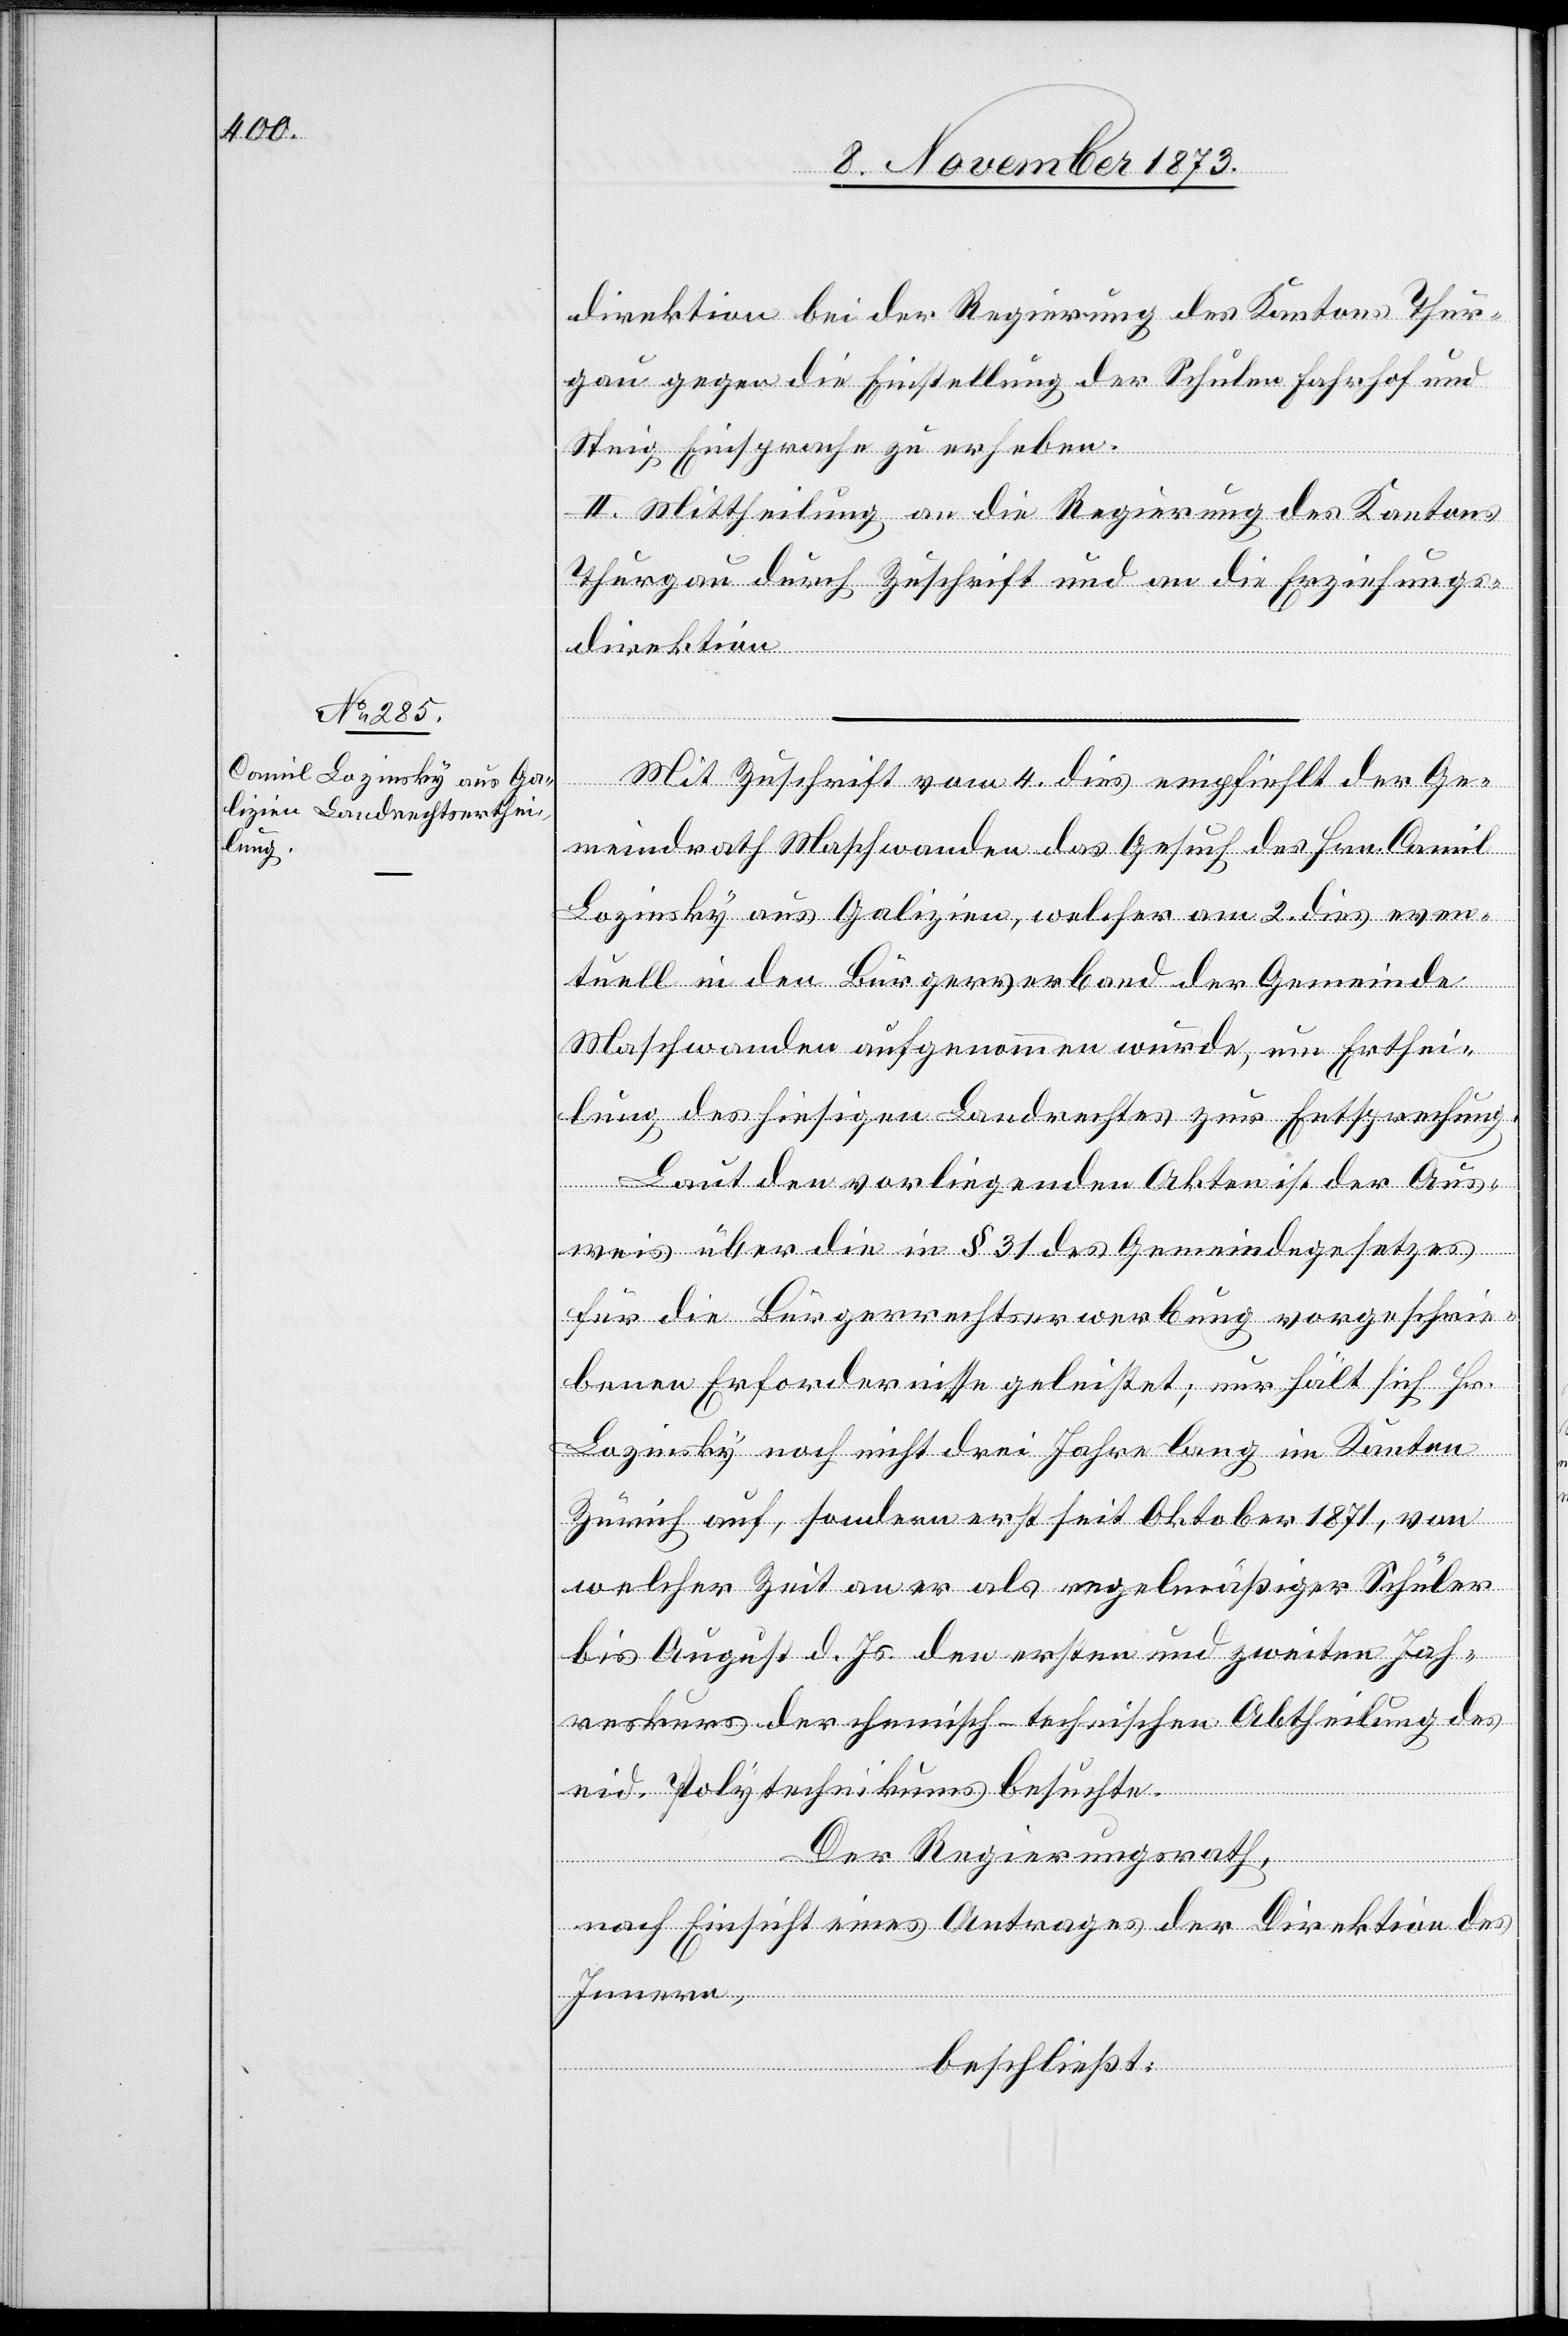
Mit Zuschrift vom 4. dies empfiehlt der Ge¬
meindrath Maschwanden das Gesuch des Hrn. Camil
Lozinsky aus Galizien, welcher am 2. dies even¬
tuell in den Bürgerverband der Gemeinde
Maschwanden aufgenommen wurde, um Erthei¬
lung des hiesigen Landrechtes zur Entsprechung.
Laut den vorliegenden Akten ist der Aus¬
weis über die in § 31 des Gemeindegesetzes
für die Bürgerrechtserwerbung vorgeschrie¬
benen Erfordernisse geleistet; nur hält sich Hr.
Lozinsky noch nicht drei Jahre lang im Kanton
Zürich auf, sondern erst seit Oktober 1871, von
welcher Zeit an er als regelmäßiger Schüler
bis August d. Js. den ersten und zweiten Jah¬
reskurs der chemisch-technischen Abtheilung des
eid. Polytechnikums besuchte.
Der Regierungsrath,
nach Einsicht eines Antrages der Direktion des
Innern,
beschließt: